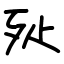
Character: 㱜